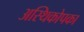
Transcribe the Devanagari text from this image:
अस्थिकोपका